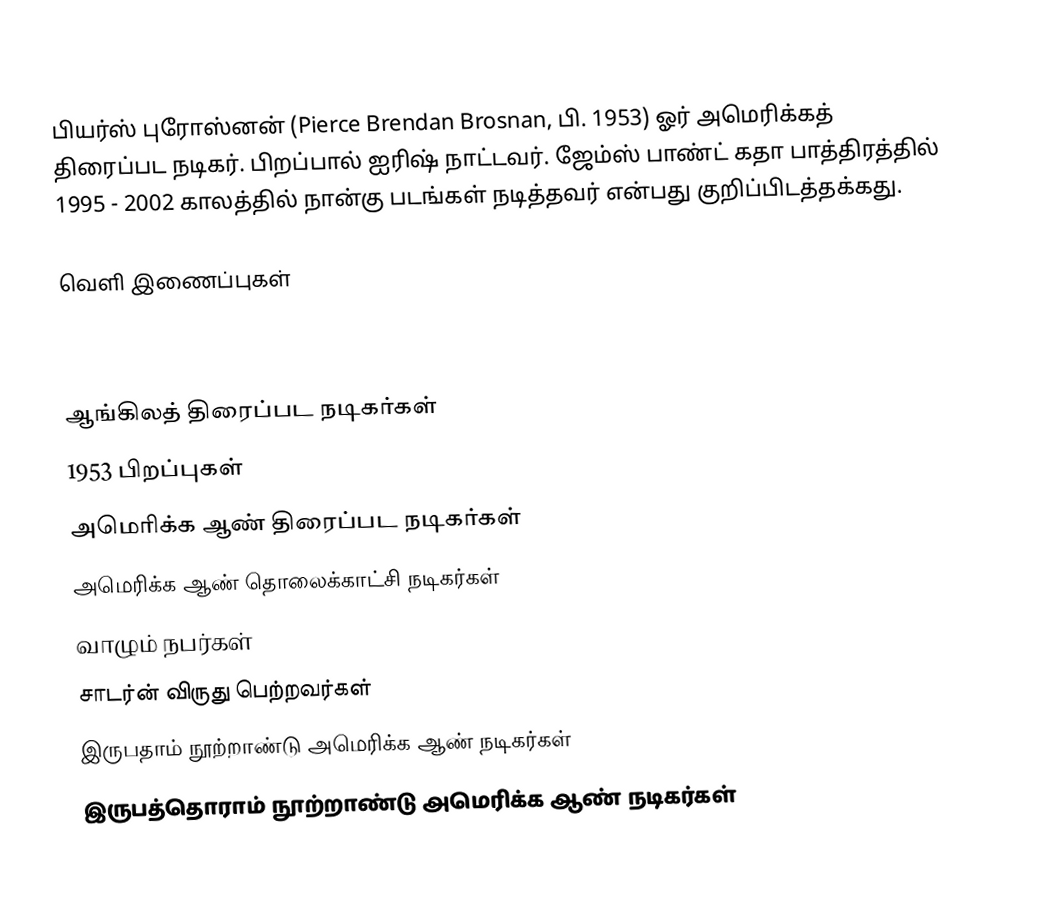
பியர்ஸ் புரோஸ்னன் (Pierce Brendan Brosnan, பி. 1953) ஓர் அமெரிக்கத் திரைப்பட நடிகர். பிறப்பால் ஐரிஷ் நாட்டவர். ஜேம்ஸ் பாண்ட் கதா பாத்திரத்தில் 1995 - 2002 காலத்தில் நான்கு படங்கள் நடித்தவர் என்பது குறிப்பிடத்தக்கது.

வெளி இணைப்புகள்

ஆங்கிலத் திரைப்பட நடிகர்கள்
1953 பிறப்புகள்
அமெரிக்க ஆண் திரைப்பட நடிகர்கள்
அமெரிக்க ஆண் தொலைக்காட்சி நடிகர்கள்
வாழும் நபர்கள்
சாடர்ன் விருது பெற்றவர்கள்
இருபதாம் நூற்றாண்டு அமெரிக்க ஆண் நடிகர்கள்
இருபத்தொராம் நூற்றாண்டு அமெரிக்க ஆண் நடிகர்கள்